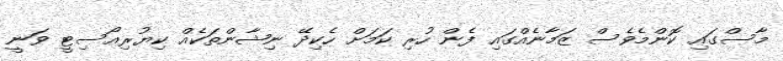
މާސްގައި ކޮންމެވެސް ޒަމާނެއްގައި ފެން ހުރި ކަމަށް ހެކިދޭ ނިޝާންތަކެއް ކިޔުރިއޯސިޓީ ވަނީ